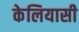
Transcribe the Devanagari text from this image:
केलियासी